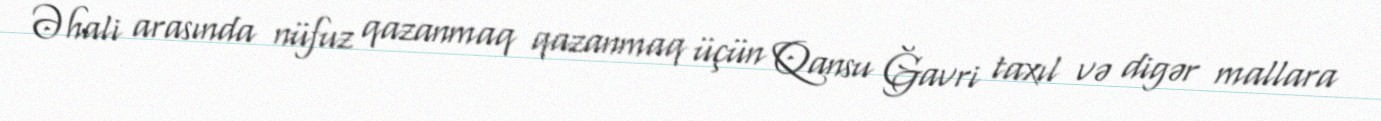
Əhali arasında nüfuz qazanmaq qazanmaq üçün Qansu Ğavri taxıl və digər mallara